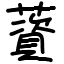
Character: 薋